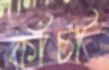
কাঁচী